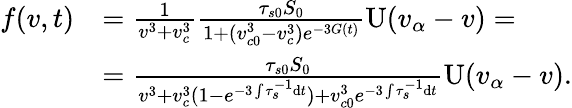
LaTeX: \begin{array}{rl}{f(v,t)}&{=\frac{1}{v^{3}+v_{c}^{3}}\frac{\tau_{s0}S_{0}}{1+(v_{c0}^{3}-v_{c}^{3})e^{-3G(t)}}\mathrm{U}(v_{\alpha}-v)=}\\ &{=\frac{\tau_{s0}S_{0}}{v^{3}+v_{c}^{3}(1-e^{-3\int\tau_{s}^{-1}\mathrm{d}t})+v_{c0}^{3}e^{-3\int\tau_{s}^{-1}\mathrm{d}t}}\mathrm{U}(v_{\alpha}-v).}\end{array}